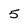
Character: 5